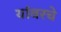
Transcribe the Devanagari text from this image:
यांवरचे